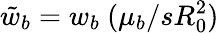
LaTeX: \tilde{w}_{b}=w_{b}\ (\mu_{b}/sR_{0}^{2})